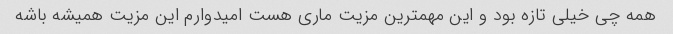
همه چی خیلی تازه بود و این مهمترین مزیت ماری هست امیدوارم این مزیت همیشه باشه